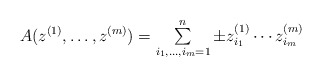
\begin{align*}\textstyle A(z^{(1)},\dots ,z^{(m)})=\sum\limits_{i_{1},\dots,i_{m}=1}^{n}\pm z_{i_{1}}^{(1)}\cdots z_{i_{m}}^{(m)} \end{align*}